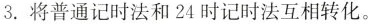
3.将普通记时法和 24时记时法互相转化。